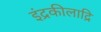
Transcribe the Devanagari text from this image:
इंद्रकीलाद्रि